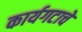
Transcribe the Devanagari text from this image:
कार्यगटाचे